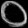
Digit: ၀